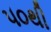
૫૦થી